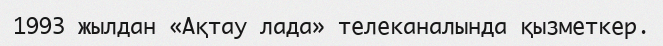
1993 жылдан «Ақтау лада» телеканалында қызметкер.